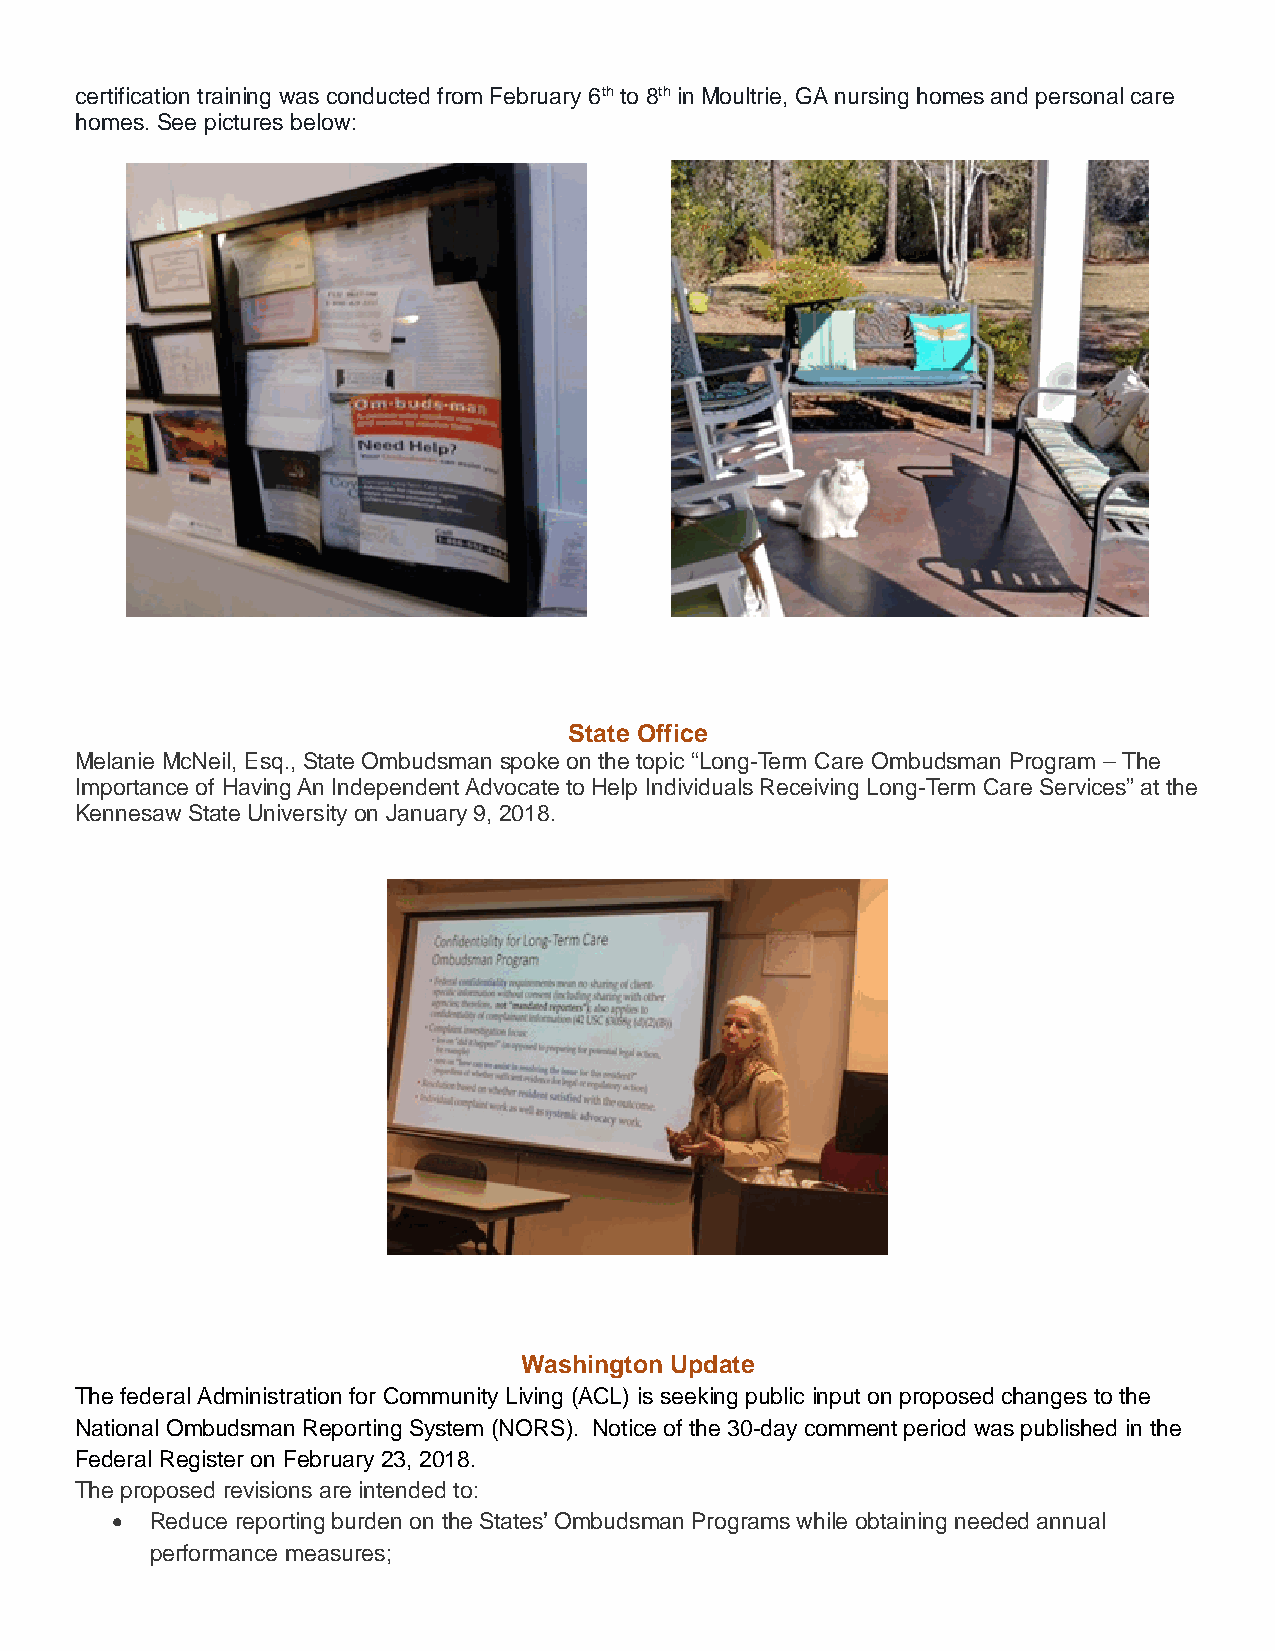
certification training was conducted from February 6th to 8th in Moultrie, GA nursing homes and personal care
 homes. See pictures below:
 State Office
 Melanie McNeil, Esq., State Ombudsman spoke on the topic “Long-Term Care Ombudsman Program – The
 Importance of Having An Independent Advocate to Help Individuals Receiving Long-Term Care Services” at the
 Kennesaw State University on January 9, 2018.
 Washington Update
 The federal Administration for Community Living (ACL) is seeking public input on proposed changes to the
 National Ombudsman Reporting System (NORS). Notice of the 30-day comment period was published in the
 Federal Register on February 23, 2018.
 The proposed revisions are intended to:
 •  Reduce reporting burden on the States’ Ombudsman Programs while obtaining needed annual
 performance measures;